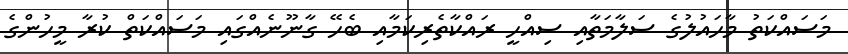
މަސައްކަތު މާހައުލުގެ ސަލާމަތާއި ސިއްހީ ރައްކާތެރިކަމާއި ބެހޭ ގާނޫނެއްގައި މަސައްކަތް ކުރާ މީހުންގެ